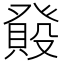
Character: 𤼺